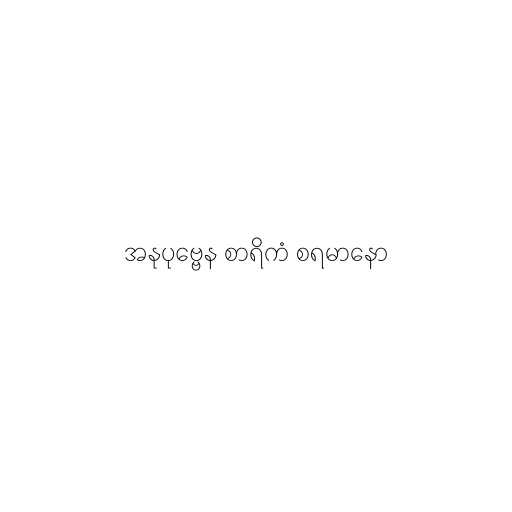
အနုပုဗ္ဗေန စာရိကံ စရမာနော